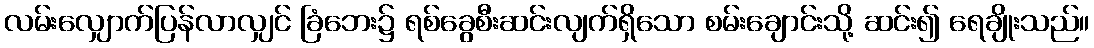
လမ်းလျှောက်ပြန်လာလျှင် ခြံဘေး၌ ရစ်ခွေစီးဆင်းလျက်ရှိသော စမ်းချောင်းသို့ ဆင်း၍ ရေချိုးသည်။